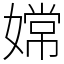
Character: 嫦